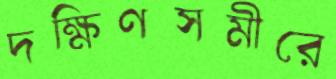
দক্ষিণসমীরে